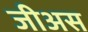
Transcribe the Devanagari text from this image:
जीअस